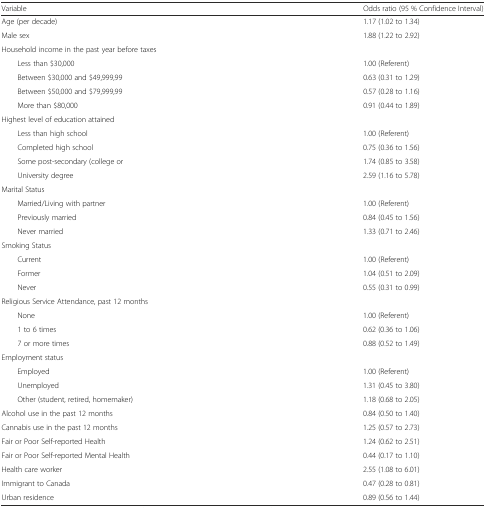
<table><thead><tr><td><b>Variable</b></td><td><b>Odds ratio (95 % Confidence Interval)</b></td></tr></thead><tbody><tr><td>Age (per decade)</td><td>1.17 (1.02 to 1.34)</td></tr><tr><td>Male sex</td><td>1.88 (1.22 to 2.92)</td></tr><tr><td colspan="2">Household income in the past year before taxes</td></tr><tr><td>Less than $30,000</td><td>1.00 (Referent)</td></tr><tr><td>Between $30,000 and $49,999,99</td><td>0.63 (0.31 to 1.29)</td></tr><tr><td>Between $50,000 and $79,999,99</td><td>0.57 (0.28 to 1.16)</td></tr><tr><td>More than $80,000</td><td>0.91 (0.44 to 1.89)</td></tr><tr><td colspan="2">Highest level of education attained</td></tr><tr><td>Less than high school</td><td>1.00 (Referent)</td></tr><tr><td>Completed high school</td><td>0.75 (0.36 to 1.56)</td></tr><tr><td>Some post-secondary (college or</td><td>1.74 (0.85 to 3.58)</td></tr><tr><td>University degree</td><td>2.59 (1.16 to 5.78)</td></tr><tr><td colspan="2">Marital Status</td></tr><tr><td>Married/Living with partner</td><td>1.00 (Referent)</td></tr><tr><td>Previously married</td><td>0.84 (0.45 to 1.56)</td></tr><tr><td>Never married</td><td>1.33 (0.71 to 2.46)</td></tr><tr><td colspan="2">Smoking Status</td></tr><tr><td>Current</td><td>1.00 (Referent)</td></tr><tr><td>Former</td><td>1.04 (0.51 to 2.09)</td></tr><tr><td>Never</td><td>0.55 (0.31 to 0.99)</td></tr><tr><td colspan="2">Religious Service Attendance, past 12 months</td></tr><tr><td>None</td><td>1.00 (Referent)</td></tr><tr><td>1 to 6 times</td><td>0.62 (0.36 to 1.06)</td></tr><tr><td>7 or more times</td><td>0.88 (0.52 to 1.49)</td></tr><tr><td colspan="2">Employment status</td></tr><tr><td>Employed</td><td>1.00 (Referent)</td></tr><tr><td>Unemployed</td><td>1.31 (0.45 to 3.80)</td></tr><tr><td>Other (student, retired, homemaker)</td><td>1.18 (0.68 to 2.05)</td></tr><tr><td>Alcohol use in the past 12 months</td><td>0.84 (0.50 to 1.40)</td></tr><tr><td>Cannabis use in the past 12 months</td><td>1.25 (0.57 to 2.73)</td></tr><tr><td>Fair or Poor Self-reported Health</td><td>1.24 (0.62 to 2.51)</td></tr><tr><td>Fair or Poor Self-reported Mental Health</td><td>0.44 (0.17 to 1.10)</td></tr><tr><td>Health care worker</td><td>2.55 (1.08 to 6.01)</td></tr><tr><td>Immigrant to Canada</td><td>0.47 (0.28 to 0.81)</td></tr><tr><td>Urban residence</td><td>0.89 (0.56 to 1.44)</td></tr></tbody></table>